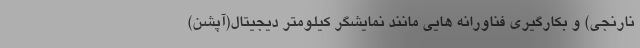
نارنجی) و بکارگیری فناورانه هایی مانند نمایشگر کیلومتر دیجیتال(آپشن)